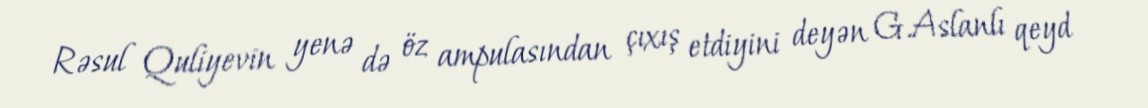
Rəsul Quliyevin yenə də öz ampulasından çıxış etdiyini deyən G.Aslanlı qeyd